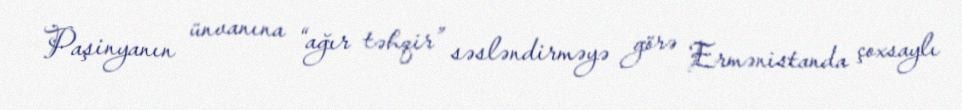
Paşinyanın ünvanına “ağır təhqir” səsləndirməyə görə Ermənistanda çoxsaylı